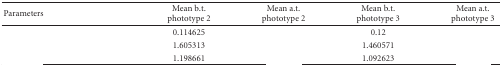
<table><thead><tr><td><b> Parameters</b></td><td><b>Mean b.t. phototype 2</b></td><td><b>Mean a.t. phototype 2</b></td><td><b>Mean b.t. phototype 3</b></td><td><b>Mean a.t. phototype 3</b></td></tr></thead><tbody><tr><td>[EMPTY_CELL]</td><td>0.114625</td><td>[EMPTY_CELL]</td><td>0.12</td><td>[EMPTY_CELL]</td></tr><tr><td>[EMPTY_CELL]</td><td>1.605313</td><td>[EMPTY_CELL]</td><td>1.460571</td><td>[EMPTY_CELL]</td></tr><tr><td>[EMPTY_CELL]</td><td>1.198661</td><td>[EMPTY_CELL]</td><td>1.092623</td><td>[EMPTY_CELL]</td></tr></tbody></table>